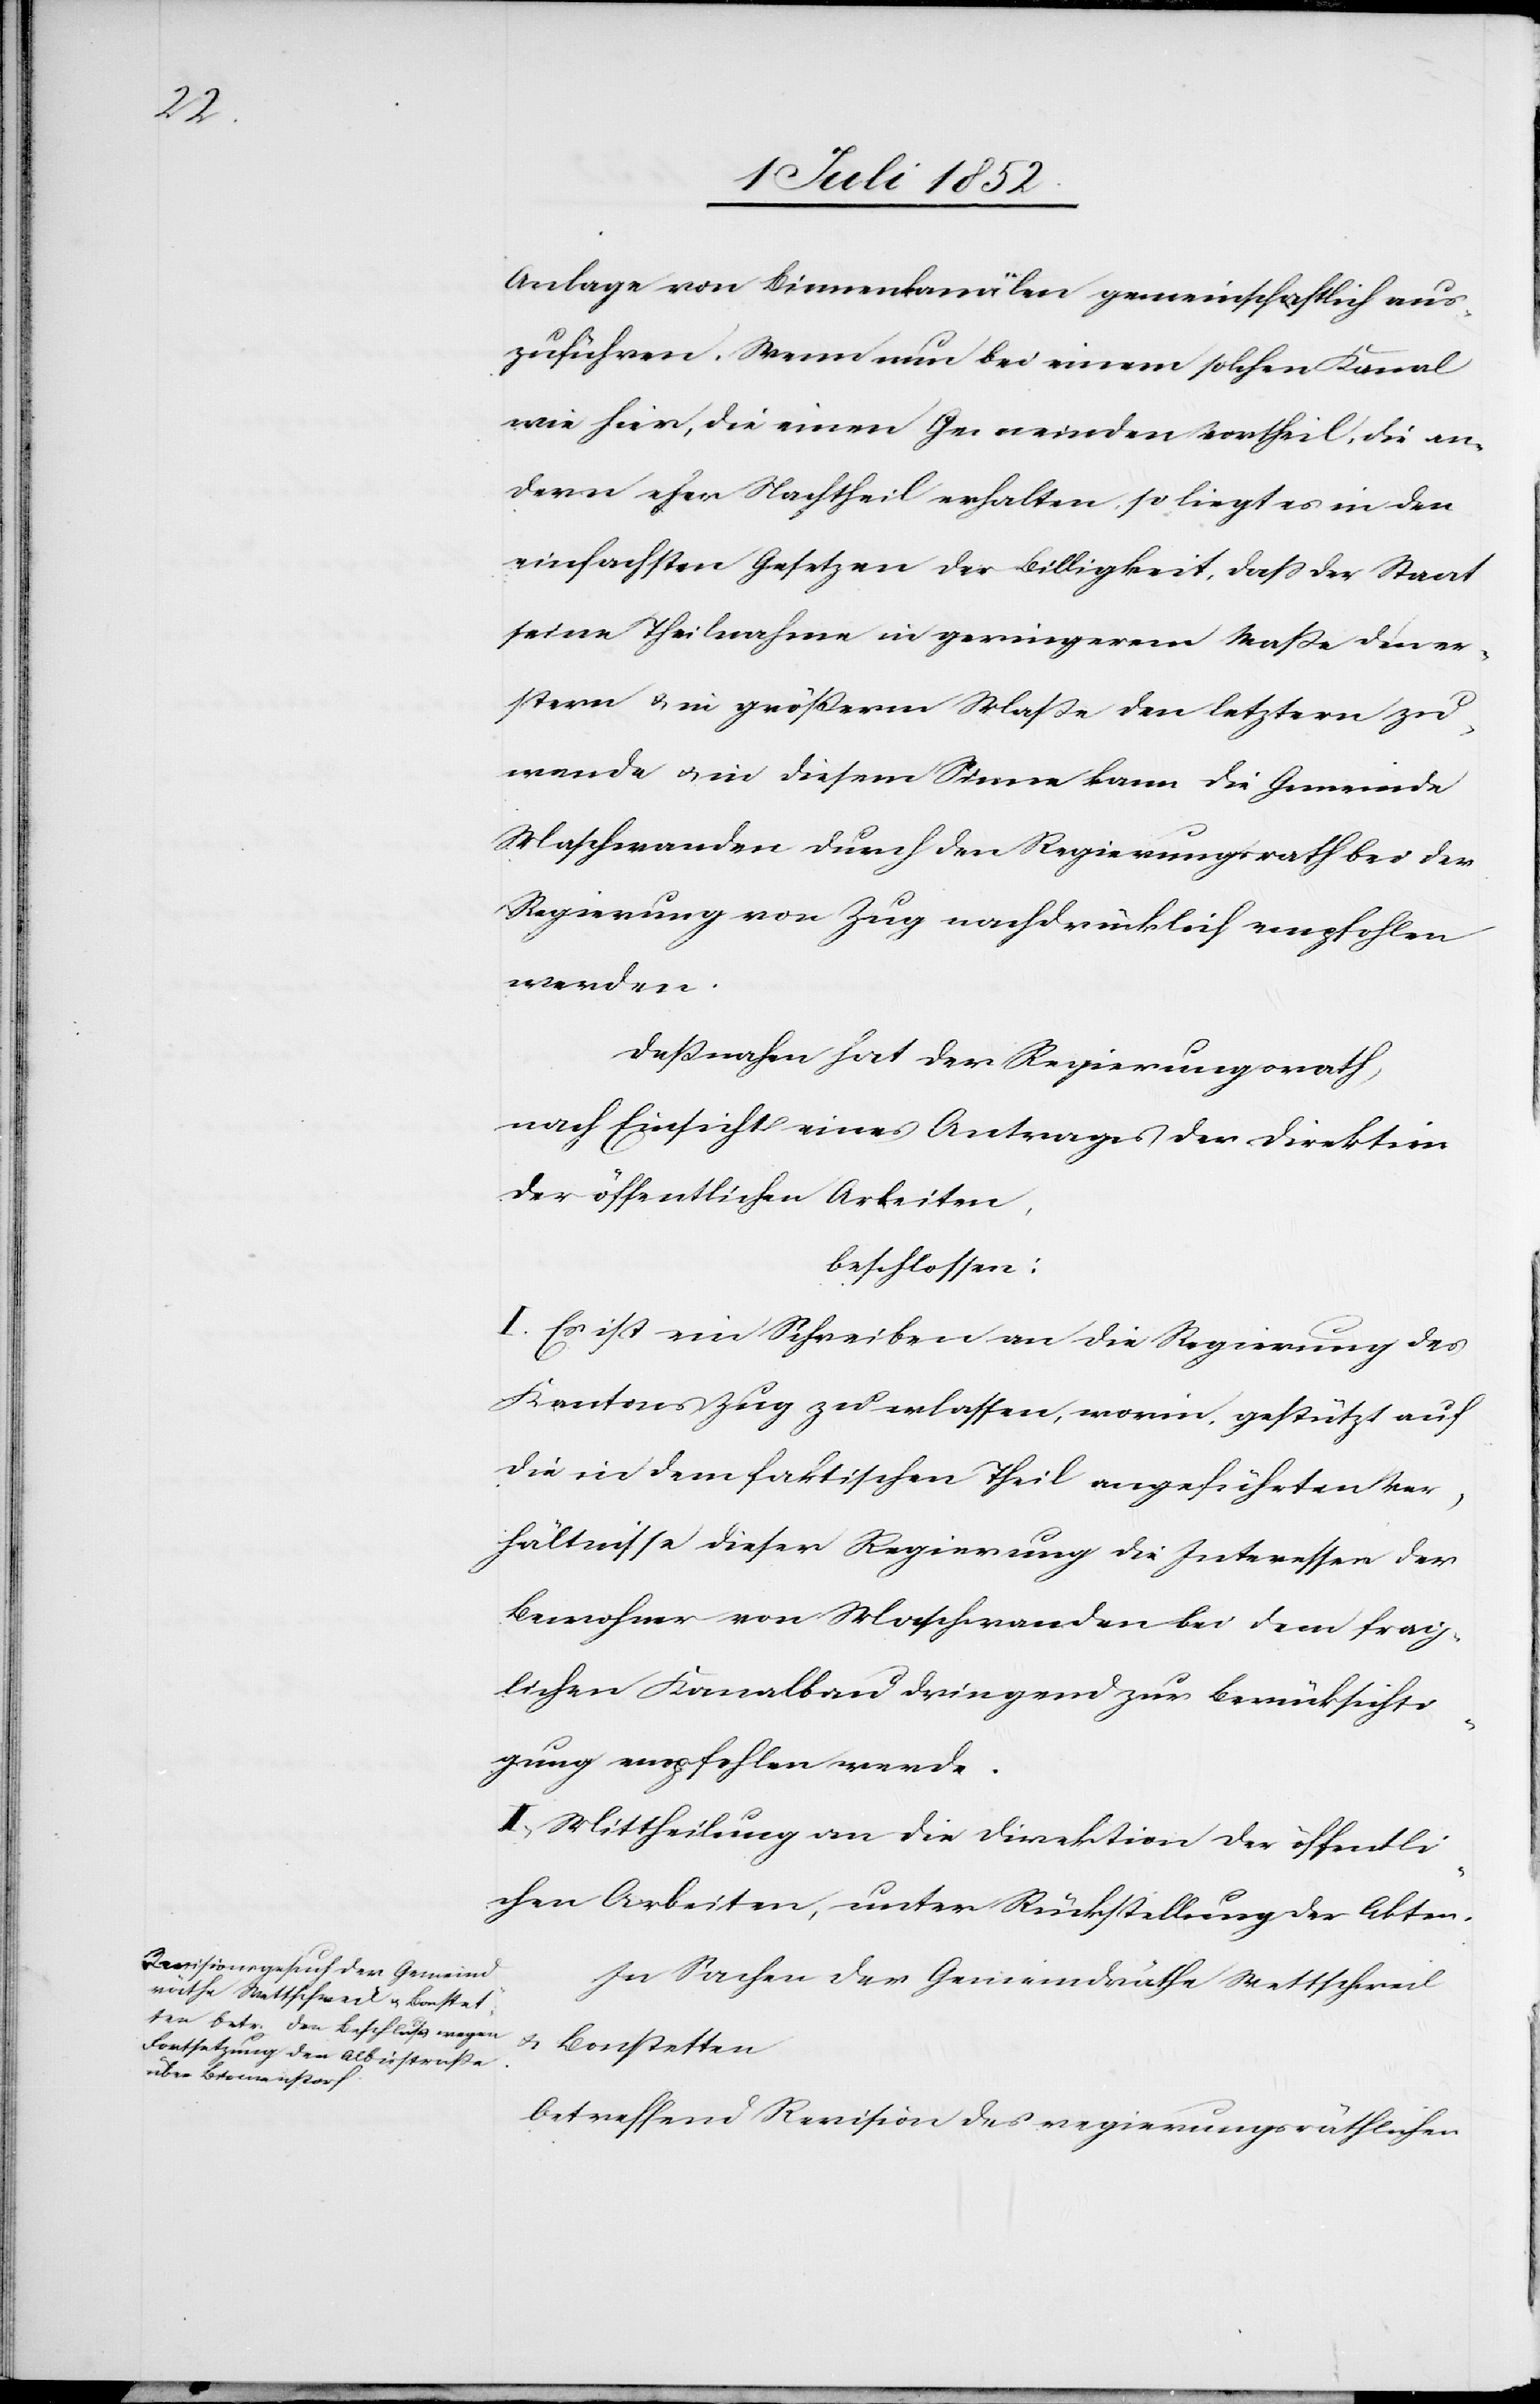
Anlage von Binnenkanälen gemeinschaftlich aus¬
zuführen. Wenn nun bei einem solchen Kanal
wie hier, die einen Gemeinden Vortheil, die an¬
dern eher Nachtheil erhalten, so liegt es in den
einfachsten Gesetzen der Billigkeit, dass der Staat
seine Theilnahme in geringerem Maße den er¬
stern & in größerm Maße den letztern zu¬
wende & in diesem Sinne kann die Gemeinde
Maschwanden durch den Regierungsrath bei der
Regierung von Zug nachdrücklich empfohlen
werden.
Deßnahen hat der Regierungsrath,
nach Einsicht eines Antrages der Direktion
der öffentlichen Arbeiten,
beschlossen:
I. Es ist ein Schreiben an die Regierung des
Kantons Zug zu erlassen, worin, gestützt auf
die in dem faktischen Theil angeführten Ver¬
hältnisse dieser Regierung die Interessen der
Bewohner von Maschwanden bei dem frag¬
lichen Kanalbau dringend zur Berücksichti¬
gung empfohlen werde[n].
II, Mittheilung an die Direktion der öffentli¬
chen Arbeiten, unter Rückstellung der Akten.
In Sachen der Gemeindräthe Wettschweil
& Bonstetten
betreffend Revision des regierungsräthlichen